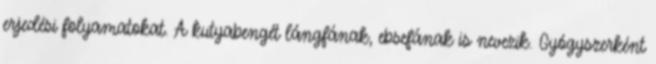
erjedési folyamatokat. A kutyabengét lángfának, ebsefának is nevezik. Gyógyszerként